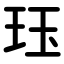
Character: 珏